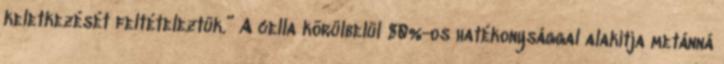
keletkezését feltételeztük.” A cella körülbelül 80%-os hatékonysággal alakítja metánná